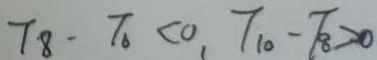
T _ { 8 } - T _ { 6 } < 0 , T _ { 1 0 } - T _ { 8 } > 0